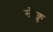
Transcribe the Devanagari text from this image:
स्क्वैक्ड